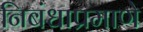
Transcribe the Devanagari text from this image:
निबंधाप्रमाणे